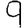
Digit: 9